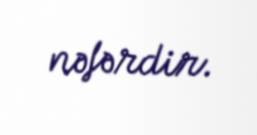
nəfərdir.